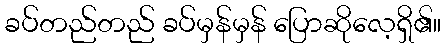
ခပ်တည်တည် ခပ်မှန်မှန် ပြောဆိုလေ့ရှိ၏။